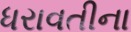
ધરાવતીના